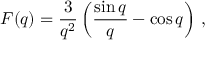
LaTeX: F ( q ) = \frac { 3 } { q ^ { 2 } } \left( \frac { \sin q } { q } - \cos q \right) \, ,